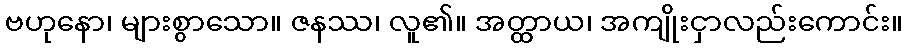
ဗဟုနော၊ များစွာသော။ ဇနဿ၊ လူ၏။ အတ္ထာယ၊ အကျိုးငှာလည်းကောင်း။